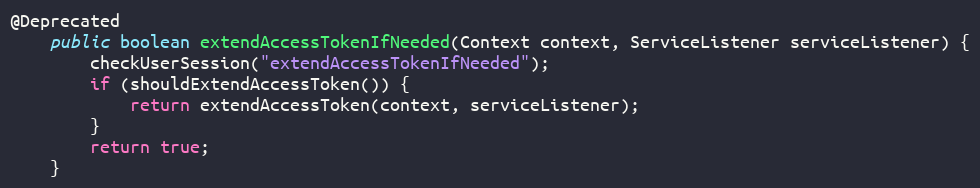
Language: Java
@Deprecated
    public boolean extendAccessTokenIfNeeded(Context context, ServiceListener serviceListener) {
        checkUserSession("extendAccessTokenIfNeeded");
        if (shouldExtendAccessToken()) {
            return extendAccessToken(context, serviceListener);
        }
        return true;
    }